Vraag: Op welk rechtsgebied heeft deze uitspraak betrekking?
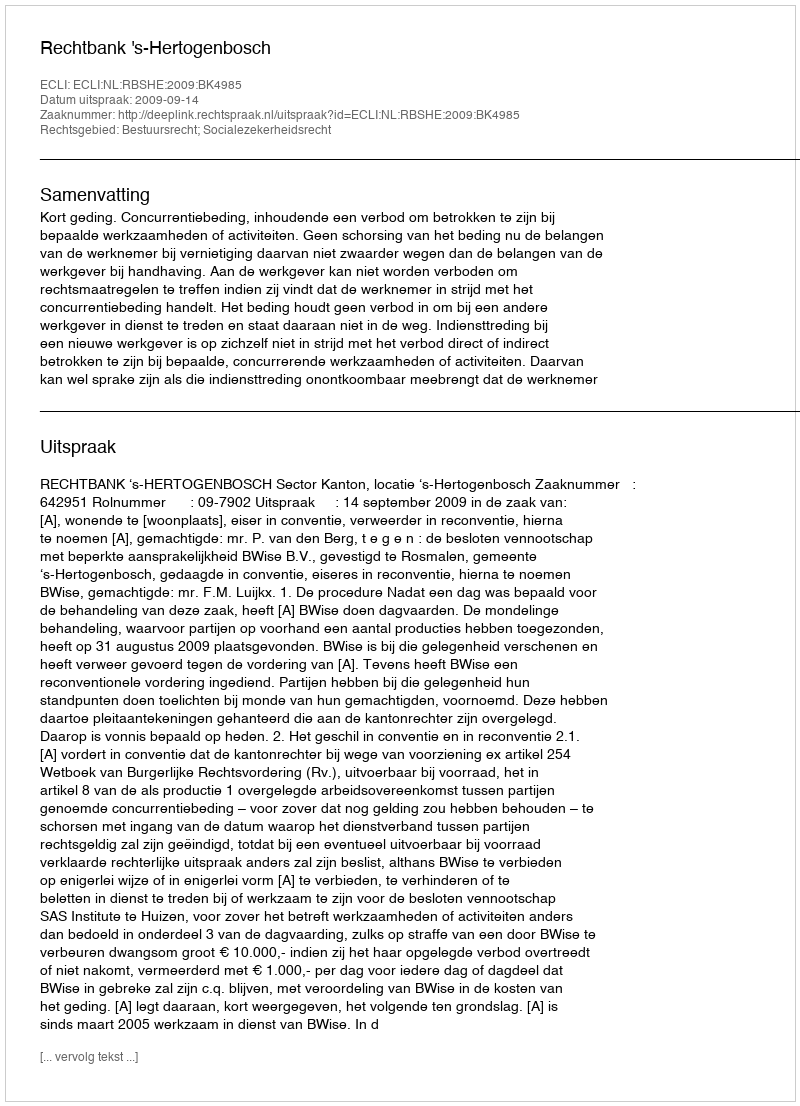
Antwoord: Bestuursrecht; Socialezekerheidsrecht